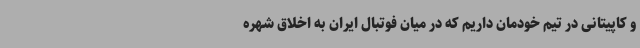
و کاپیتانی در تیم خودمان داریم که در میان فوتبال ایران به اخلاق شهره